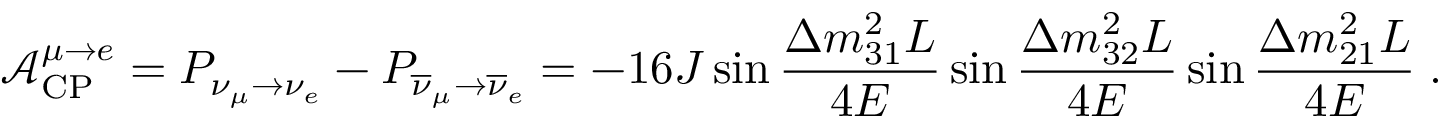
\mathcal { A } _ { \mathrm { C P } } ^ { \mu \rightarrow e } = P _ { \nu _ { \mu } \rightarrow \nu _ { e } } - P _ { \overline { { \nu } } _ { \mu } \rightarrow \overline { { \nu } } _ { e } } = - 1 6 J \sin \frac { \Delta m _ { 3 1 } ^ { 2 } L } { 4 E } \sin \frac { \Delta m _ { 3 2 } ^ { 2 } L } { 4 E } \sin \frac { \Delta m _ { 2 1 } ^ { 2 } L } { 4 E } \; .